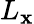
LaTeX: L_{\mathbf{x}}